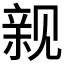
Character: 𲁗